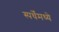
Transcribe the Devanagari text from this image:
स्पर्धेंमध्ये